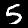
Digit: 5